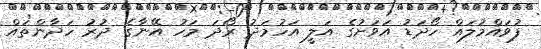
ފުވައްމުލައް ހޯދަޑު އަވަށުގެ އަލީ އަހުމަދު ރޯދަ މަހު އޭނާގެ ދުރު ހަދާންތައް